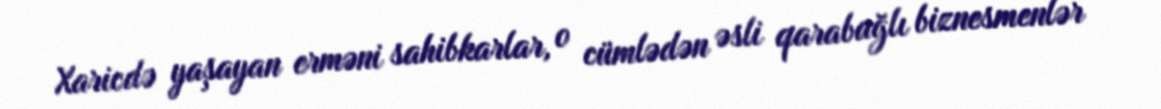
Xaricdə yaşayan erməni sahibkarlar, o cümlədən əsli qarabağlı biznesmenlər